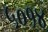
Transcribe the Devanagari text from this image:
५०१४